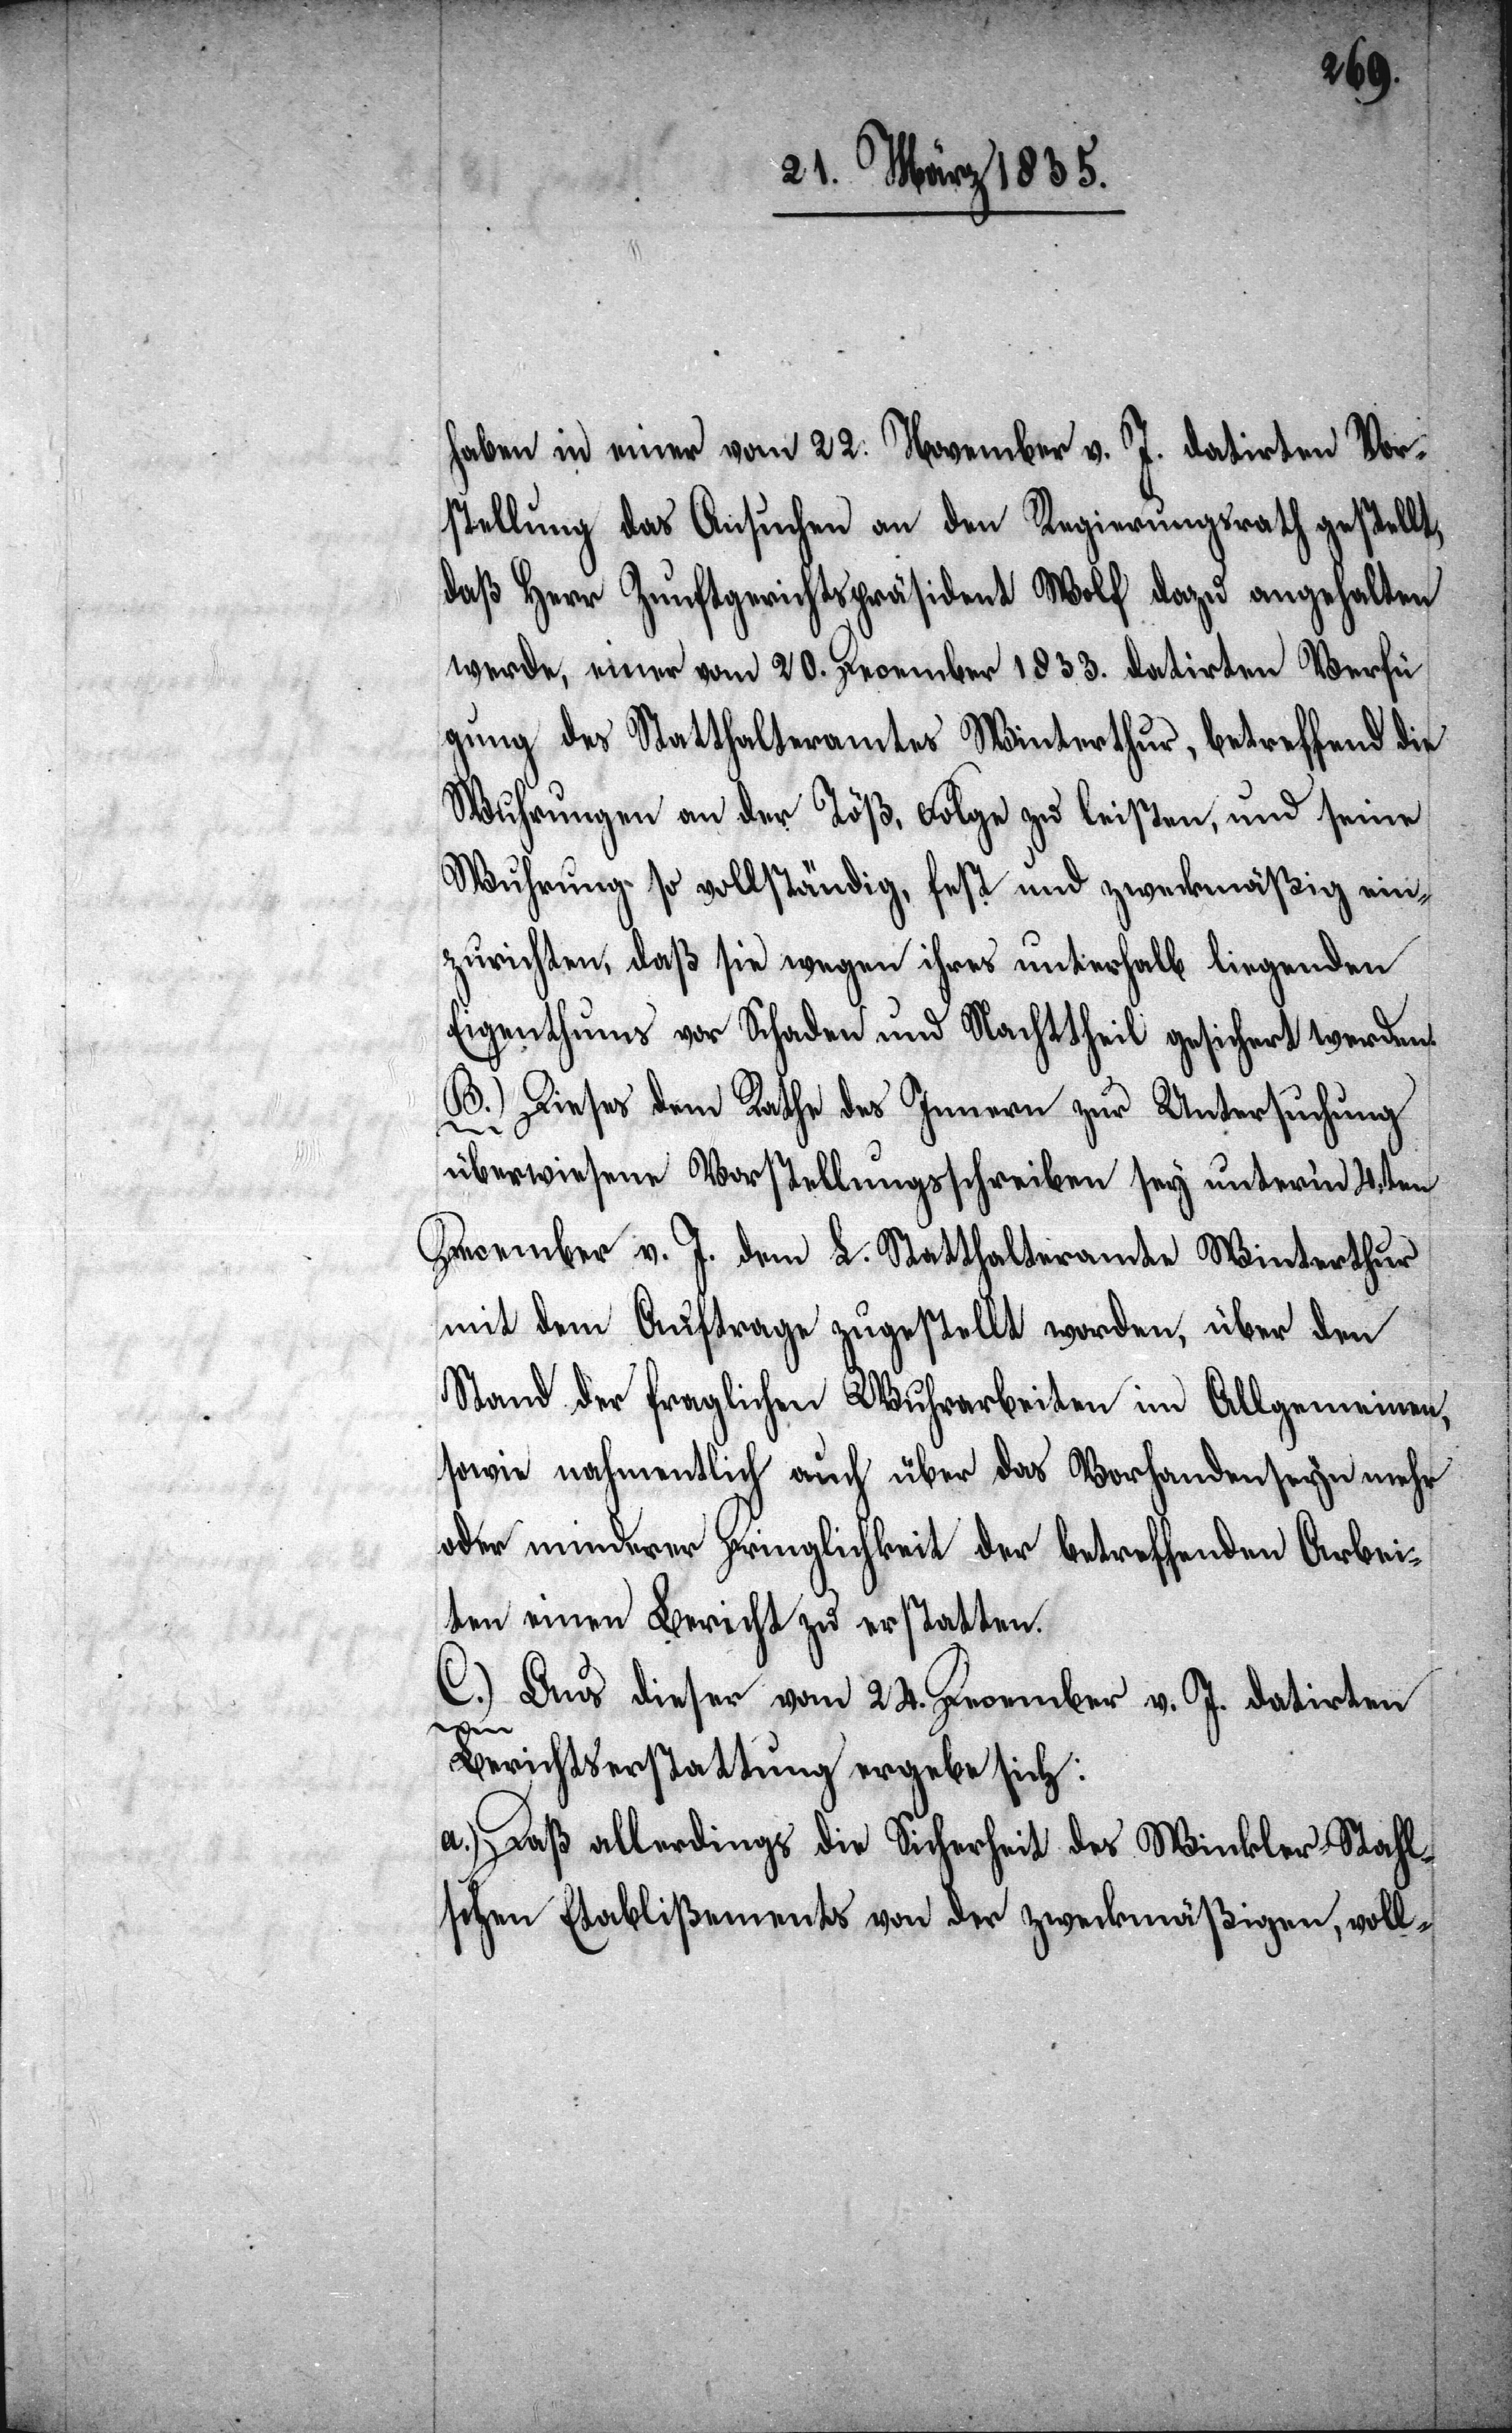
haben in einer vom 22. November v. J. datirten Vor¬
stellung das Ansuchen an den Regierungsrath gestellt,
daß Herr Zunftgerichtspräsident Wolf dazu angehalten
werde, einer vom 20. December 1833. datirten Verfü¬
gung des Statthalteramtes Winterthur, betreffend die
Wuhrungen an der Töß, Folge zu leisten, und seine
Wuhrungen so vollständig, fest und zweckmäßig ein¬
zurichten, daß sie wegen ihres unterhalb liegenden
Eigenthums vor Schaden und Nachttheil gesichert werden.
B. Dieses dem Rathe des Innern zur Untersuchung
überwiesene Vorstellungsschreiben sey unterm 4.ten
December v. J. dem L. Statthalteramte Winterthur
mit dem Auftrage zugestellt worden, über den
Stand der fraglichen Wuhrarbeiten im Allgemeinen,
sowie nahmentlich auch über das Vorhandenseyn mehr
oder minderer Dringlichkeit der betreffenden Arbei¬
ten einen Bericht zu erstatten.
C. Aus dieser vom 24. December v. J. datirten
Berichtserstattung ergebe sich:
a.) Daß allerdings die Sicherheit des Winkler-Stahl¬
schen Etablißements von der zweckmäßigen, voll-